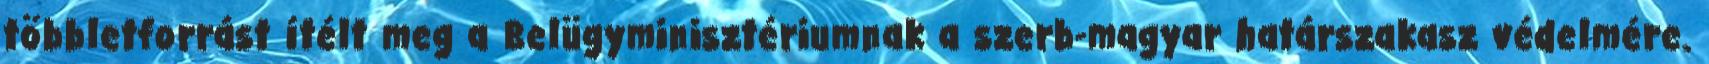
többletforrást ítélt meg a Belügyminisztériumnak a szerb-magyar határszakasz védelmére.